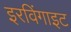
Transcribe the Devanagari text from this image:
इरविंगाइट